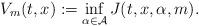
LaTeX: \begin{align*}V_m(t,x) := \inf_{\alpha \in \mathcal{A}} J(t,x,\alpha, m).\end{align*}